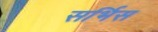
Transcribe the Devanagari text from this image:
सर्भिस